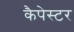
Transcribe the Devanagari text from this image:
कैपेस्टर